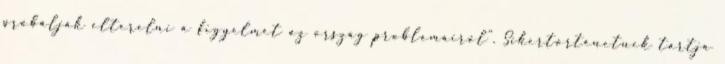
próbálják elterelni a figyelmet az ország problémáiról”. Sikertörténetnek tartja